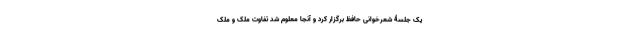
یک جلسۀ شعرخوانی حافظ برگزار کرد و آنجا معلوم شد تفاوت ملَک و ملِک